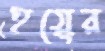
হয়ের